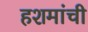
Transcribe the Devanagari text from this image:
हशमांची